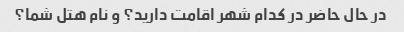
در حال حاضر در کدام شهر اقامت دارید؟ و نام هتل شما؟